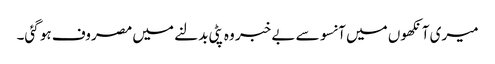
میری آنکھوں میں آنسو سے بے خبر وہ پٹی بدلنے میں مصروف ہو گئی۔